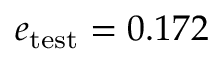
e _ { \mathrm { t e s t } } = 0 . 1 7 2